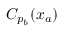
C _ { p _ { b } } ( x _ { a } )